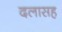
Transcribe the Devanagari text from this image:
दलासह